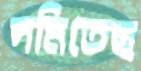
দমিতেছ